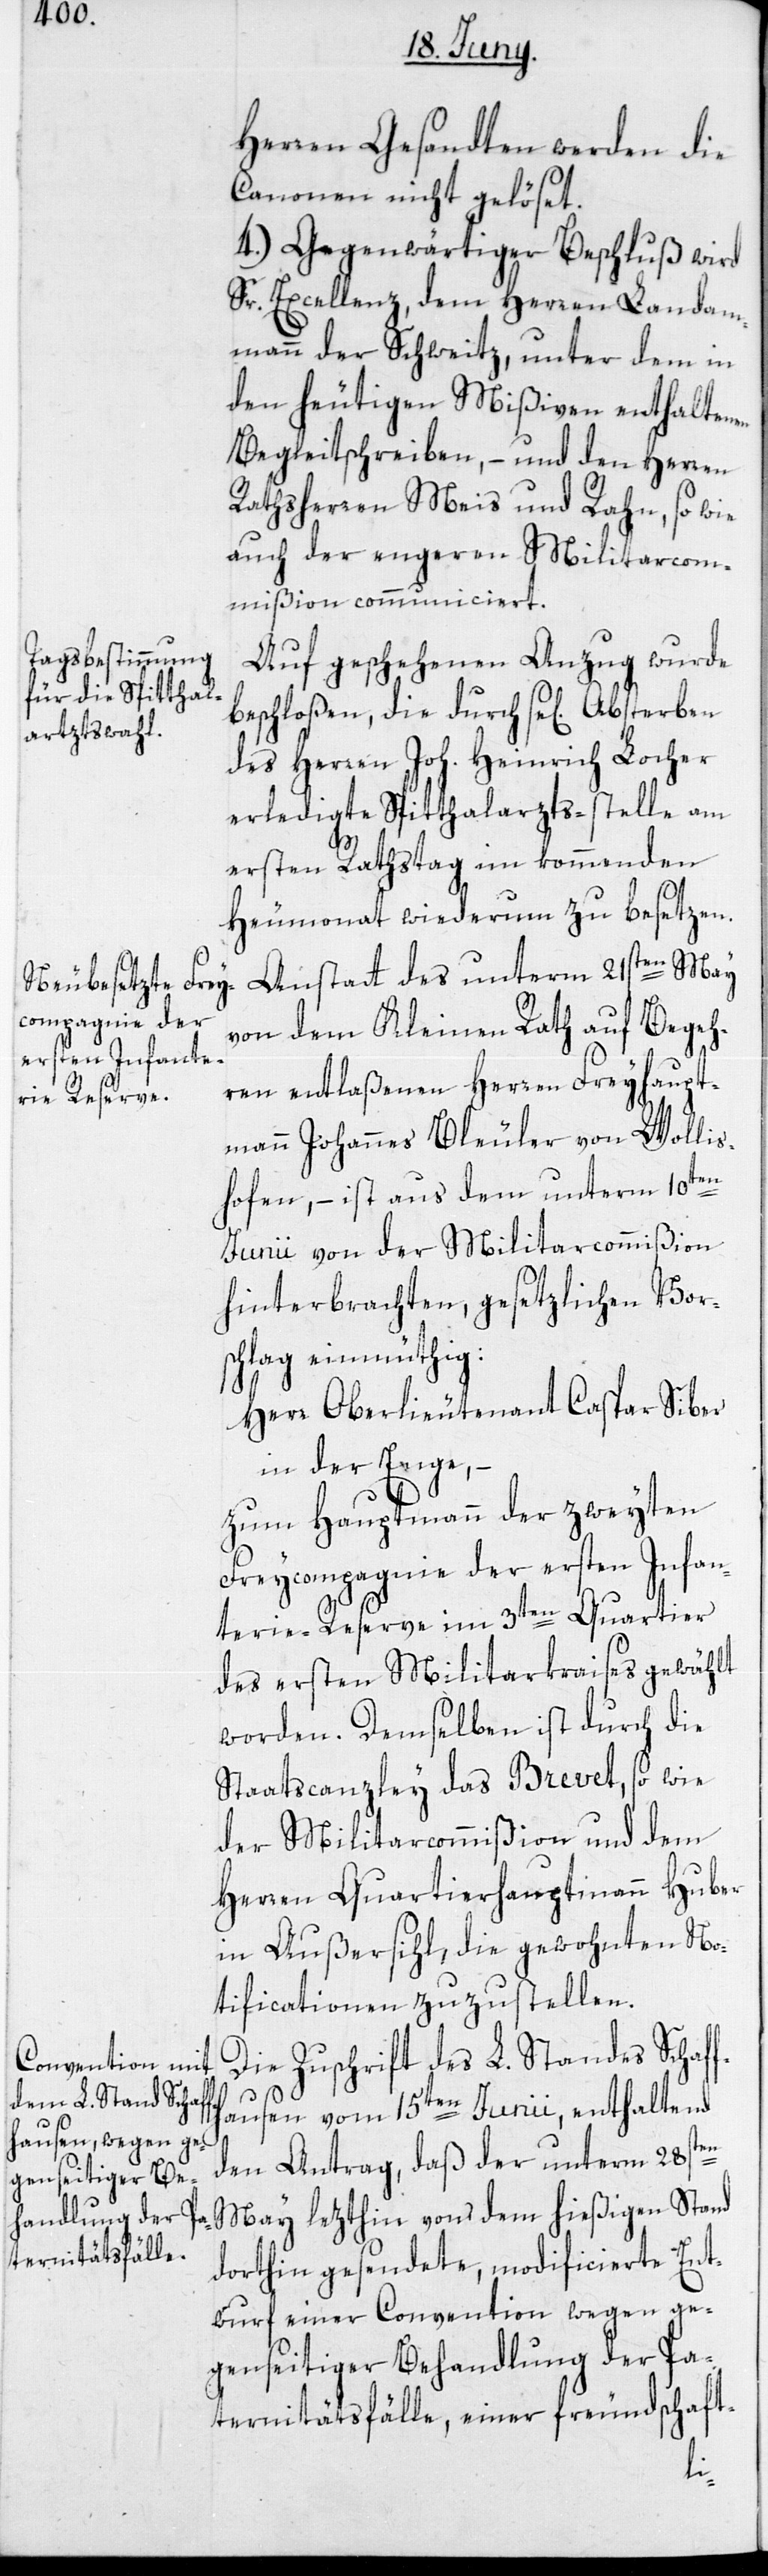
Herren Gesandten werden die
Canonen nicht gelöset.
4.) Gegenwärtiger Beschluß wird
Sr. Excellenz, dem Herren Landam¬
mann der Schweitz, unter dem in
den heutigen Mißiven enthaltenen
Begleitschreiben, – und den Herren
Rathsherren Meis und Rahn, so wie
auch der engeren Militarcom¬
mißion communiciert.
Auf geschehenen Anzug wurde
des Herren Joh. Heinrich Locher
erledigte Spitthalarzts-stelle am
ersten Rathstag im kommenden
Heumonat wiederum zu besetzen.
Anstatt des unterm 21sten May
von dem Kleinen Rath auf Begeh¬
ren entlaßenen Herren Freyhaupt¬
mann Johannes Bleuler von Wolli¬
shofen, – ist aus dem unterm 10ten
Junii von der Militarcommißion
hinterbrachten, gesetzlichen Vor¬
schlag einmüthig:
Herr Oberlieutenant Caspar Siber
in der Enge,
zum Hauptmann der zweyten
Freycompagnie der ersten Infan¬
terie-Reserve im 3ten Quartier
des ersten Militarkraises gewählt
worden. Demselben ist durch die
Staatscanzley das Brevet, so wie
der Militarcommißion und dem
Herren Quartierhauptmann Huber
in Außersihl, die gewohnten No¬
tificationen zuzustellen.
Die Zuschrift des L. Standes Schaf¬
ausen vom 15ten Junii, enthaltend
den Antrag, daß der unterm 28sten
May lezthin von dem hießigen Stand
dorthin gesendete, modificierte Ent¬
wurf einer Convention wegen ge¬
genseitiger Behandlung der Pa¬
ternitätsfälle, einer freundschaft-
fh¬